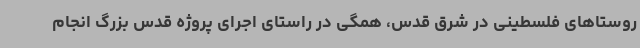
روستاهای فلسطینی در شرق قدس، همگی در راستای اجرای پروژه قدس بزرگ انجام